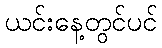
ယင်းနေ့တွင်ပင်